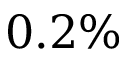
0 . 2 \%